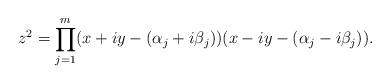
LaTeX: \begin{align*}z^2= \prod_{j=1}^{m} (x+iy-(\alpha_j + i \beta_j))(x-i y -(\alpha_j -i \beta_j)).\end{align*}